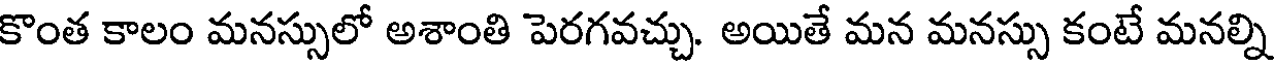
కొంత కాలం మనస్సులో అశాంతి పెరగవచ్చు. అయితే మన మనస్సు కంటే మనల్ని